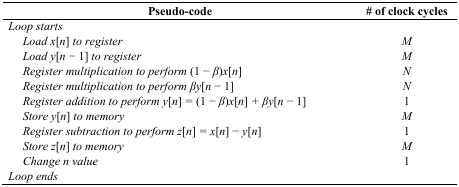
<table><thead><tr><td><b>Pseudo-code</b></td><td><b># of clock cycles</b></td></tr></thead><tbody><tr><td><i>Loop starts</i></td><td></td></tr><tr><td> <i>Load x</i>[<i>n</i>] <i>to register</i></td><td><i>M</i></td></tr><tr><td> <i>Load y</i>[<i>n</i> − 1] <i>to register</i></td><td><i>M</i></td></tr><tr><td> <i>Register multiplication to perform</i> (1 − <i>β</i>)<i>x</i>[<i>n</i>]</td><td><i>N</i></td></tr><tr><td> <i>Register multiplication to perform βy</i>[<i>n</i> − 1]</td><td><i>N</i></td></tr><tr><td> <i>Register addition to perform y</i>[<i>n</i>] <i>=</i> (1 − <i>β</i>)<i>x</i>[<i>n</i>] <i>+ βy</i>[<i>n</i> − 1]</td><td>1</td></tr><tr><td> <i>Store y</i>[<i>n</i>] <i>to memory</i></td><td><i>M</i></td></tr><tr><td> <i>Register subtraction to perform z</i>[<i>n</i>] <i>= x</i>[<i>n</i>] − <i>y</i>[<i>n</i>]</td><td>1</td></tr><tr><td> <i>Store z</i>[<i>n</i>] <i>to memory</i></td><td><i>M</i></td></tr><tr><td> <i>Change n value</i></td><td>1</td></tr><tr><td><i>Loop ends</i></td><td></td></tr></tbody></table>